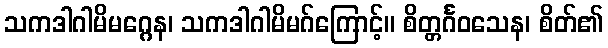
သကဒါဂါမိမဂ္ဂေန၊ သကဒါဂါမိမဂ်ကြောင့်။ စိတ္တင်္ဂဝသေန၊ စိတ်၏